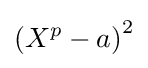
\left(X^{p}-a\right)^{2}